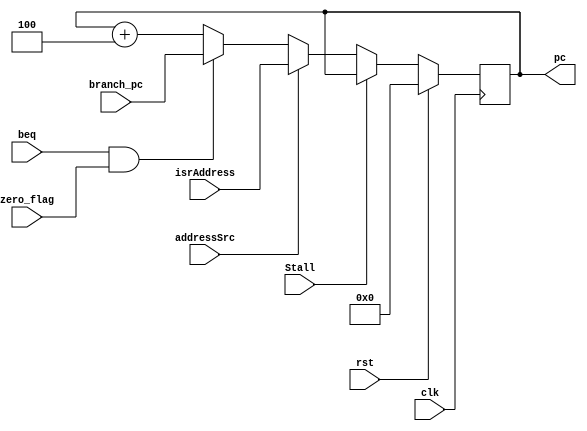
`timescale 1ns / 1ps

module address_generator (output reg [31:0] pc, input beq, input zero_flag, input [31:0] branch_pc, input clk, input rst, input Stall, input addressSrc, input [31:0] isrAddress);	
    initial
    begin
        pc = 0;
    end
    always @(posedge clk)
    begin
        if (rst)
        begin
            pc <= 0;
        end
        else 
        begin
        if (Stall)
        begin
        end
        else
        begin
                if (addressSrc)
                begin
                    pc <= isrAddress;
                end
                else if (beq && zero_flag)
                begin
                    pc <= branch_pc;
                end
                else
                begin
                    pc <= pc+4;
                end
        end
        end
    end 
endmodule